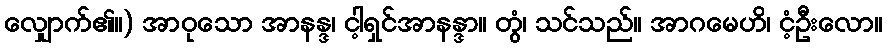
လျှောက်၏။) အာဝုသော အာနန္ဒ၊ ငါ့ရှင်အာနန္ဒာ။ တွံ၊ သင်သည်။ အာဂမေဟိ၊ ငံ့ဦးလော။